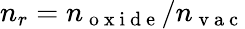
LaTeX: n_{r}=n_{\mathrm{~o~x~i~d~e~}}/n_{\mathrm{~v~a~c~}}